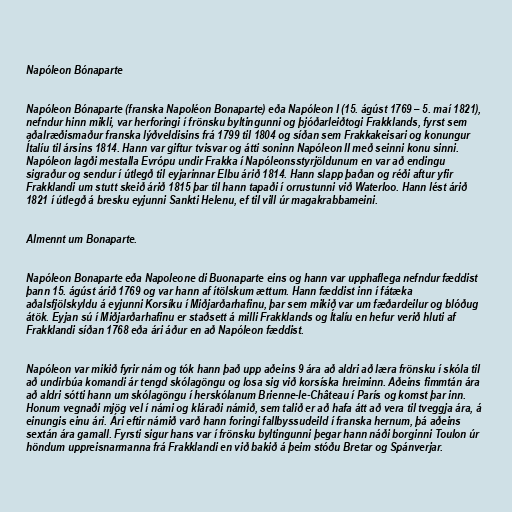
Napóleon Bónaparte

Napóleon Bónaparte (franska Napoléon Bonaparte) eða Napóleon I (15. ágúst 1769 – 5. maí 1821),
nefndur hinn mikli, var herforingi í frönsku byltingunni og þjóðarleiðtogi Frakklands, fyrst sem
aðalræðismaður franska lýðveldisins frá 1799 til 1804 og síðan sem Frakkakeisari og konungur
Ítalíu til ársins 1814. Hann var giftur tvisvar og átti soninn Napóleon II með seinni konu sinni.
Napóleon lagði mestalla Evrópu undir Frakka í Napóleonsstyrjöldunum en var að endingu
sigraður og sendur í útlegð til eyjarinnar Elbu árið 1814. Hann slapp þaðan og réði aftur yfir
Frakklandi um stutt skeið árið 1815 þar til hann tapaði í orrustunni við Waterloo. Hann lést árið
1821 í útlegð á bresku eyjunni Sankti Helenu, ef til vill úr magakrabbameini.

Almennt um Bonaparte.

Napóleon Bonaparte eða Napoleone di Buonaparte eins og hann var upphaflega nefndur fæddist
þann 15. ágúst árið 1769 og var hann af ítölskum ættum. Hann fæddist inn í fátæka
aðalsfjölskyldu á eyjunni Korsíku í Miðjarðarhafinu, þar sem mikið var um fæðardeilur og blóðug
átök. Eyjan sú í Miðjarðarhafinu er staðsett á milli Frakklands og Ítalíu en hefur verið hluti af
Frakklandi síðan 1768 eða ári áður en að Napóleon fæddist.

Napóleon var mikið fyrir nám og tók hann það upp aðeins 9 ára að aldri að læra frönsku í skóla til
að undirbúa komandi ár tengd skólagöngu og losa sig við korsíska hreiminn. Aðeins fimmtán ára
að aldri sótti hann um skólagöngu í herskólanum Brienne-le-Château í París og komst þar inn.
Honum vegnaði mjög vel í námi og kláraði námið, sem talið er að hafa átt að vera til tveggja ára, á
einungis einu ári. Ári eftir námið varð hann foringi fallbyssudeild í franska hernum, þá aðeins
sextán ára gamall. Fyrsti sigur hans var í frönsku byltingunni þegar hann náði borginni Toulon úr
höndum uppreisnarmanna frá Frakklandi en við bakið á þeim stóðu Bretar og Spánverjar.